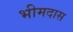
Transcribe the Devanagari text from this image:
भीमदास